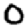
Digit: 0